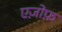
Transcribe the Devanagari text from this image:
एज़ोफ़